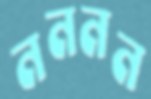
নননন